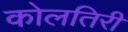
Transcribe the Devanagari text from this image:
कोलतिरी